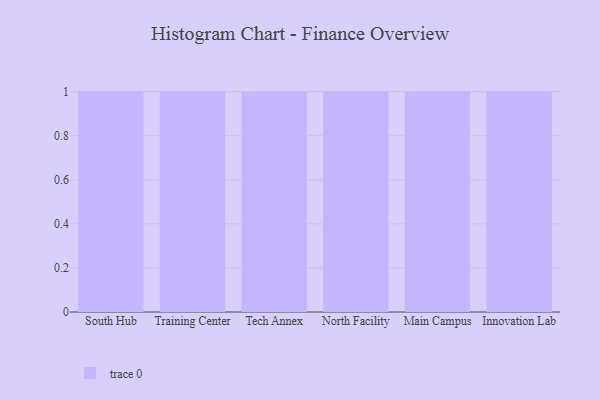
{"axis": {"x": "Campus", "y": "Bounce Rate (%)"}, "legend": [""], "data": [{"x": "South Hub", "y": 74, "type": ""}, {"x": "Training Center", "y": 51, "type": ""}, {"x": "Tech Annex", "y": 100, "type": ""}, {"x": "North Facility", "y": 60, "type": ""}, {"x": "Main Campus", "y": 52, "type": ""}, {"x": "Innovation Lab", "y": 100, "type": ""}]}